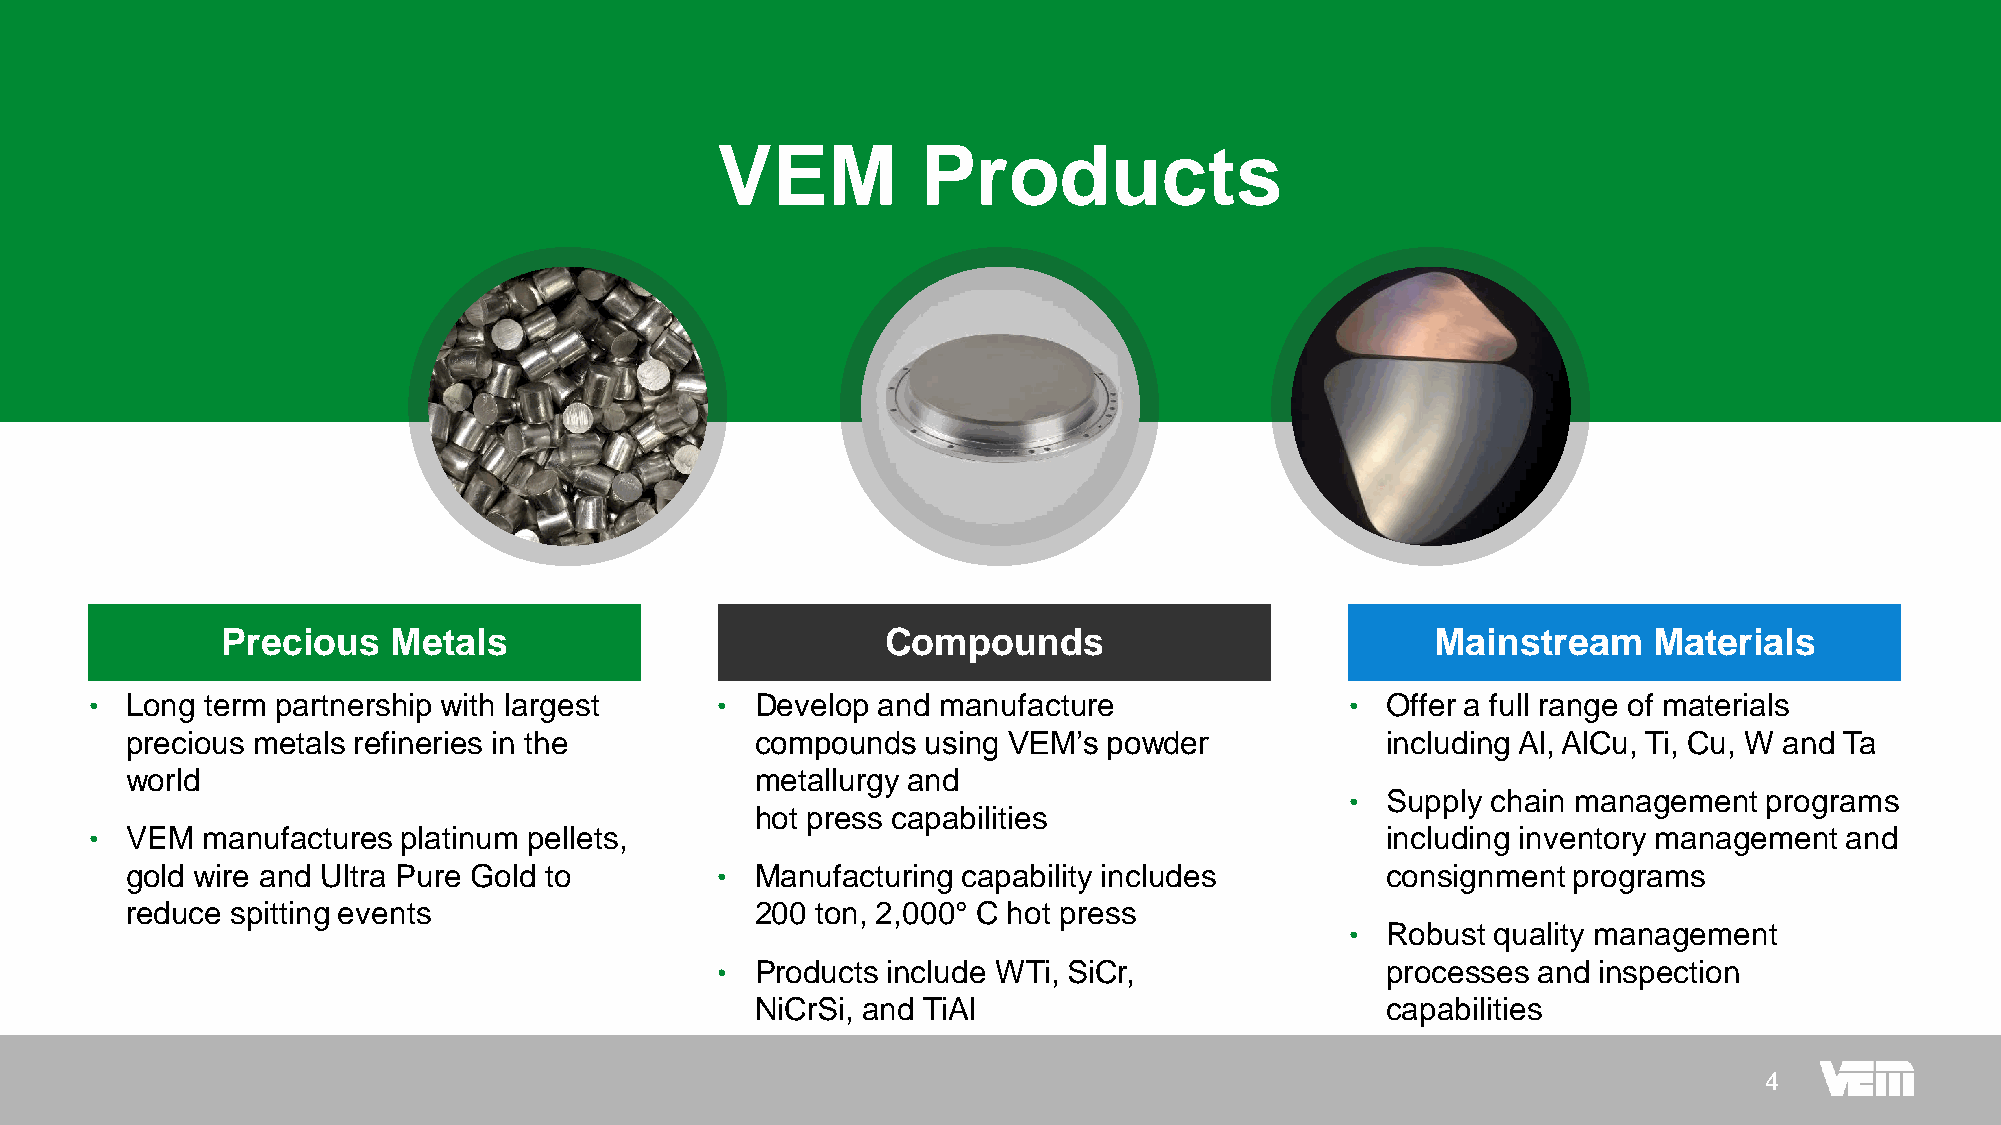
VEM           Products
 Precious   Metals                           Compounds                           Mainstream    Materials
 • Long  term partnership with largest    •  Develop and manufacture                •  Offer a full range of materials
 precious metals refineries in the         compounds  using VEM’s powder             including Al, AlCu, Ti, Cu, W and Ta
 world                                     metallurgy and
 •  Supply chain management  programs
 hot press capabilities
 • VEM  manufactures  platinum pellets,                                                including inventory management and
 gold wire and Ultra Pure Gold to       •  Manufacturing capability includes         consignment programs
 reduce spitting events                    200 ton, 2,000° C hot press
 •  Robust quality management
 •  Products include WTi, SiCr,               processes and inspection
 NiCrSi, and TiAl                          capabilities
 4